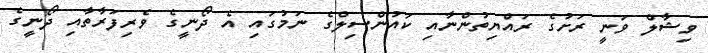
ވިޝާލް ވަނީ ރަށުގެ ރައްޔިތުންނާއި ކައުންސިލްގެ ނަމުގައި އެ ދޯނީގެ ވެރިފަރާތާއި ދޯނީގެ